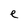
Character: e